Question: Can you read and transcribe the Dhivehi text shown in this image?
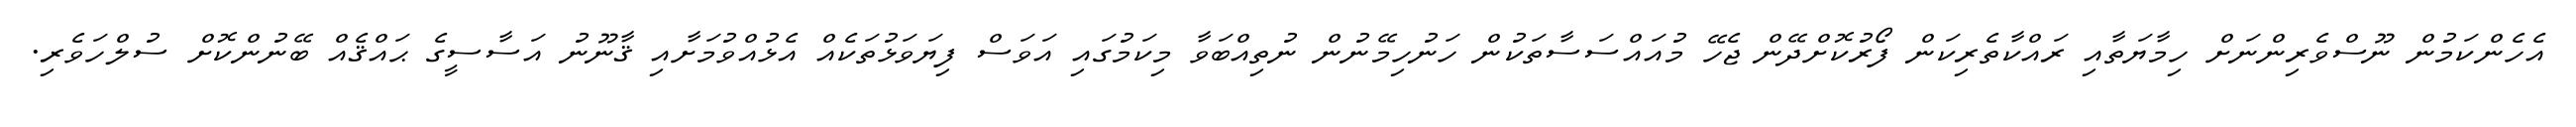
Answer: އެހެންކަމުން ނޫސްވެރިންނަށް ހިމާޔަތާއި ރައްކާތެރިކަން ފޯރުކޮށްދޭން ޖެހޭ މުއައްސަސާތަކުން ހަނުހިމޭނުން ނުތިއްބަވާ މިކަމުގައި އަވަސް ފިޔަވަޅުތަކެއް އެޅުއްވުމަށާއި ޤާނޫނު އަސާސީގެ ޙައްޤެއް ބޭނުންކޮށް ސުލްހަވެރި.